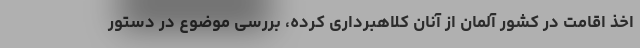
اخذ اقامت در کشور آلمان از آنان کلاهبرداری کرده، بررسی موضوع در دستور